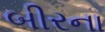
બીરના